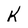
Character: K